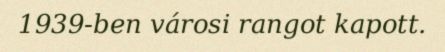
1939-ben városi rangot kapott.